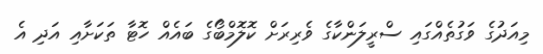
މިއަދުގެ ވަގުތެއްގައި ސްރީލަންކާގެ ވެރިރަށް ކޮލޮމްބޯގެ ބައެއް ހޮޓާ ތަކަށާއި އަދި އެ